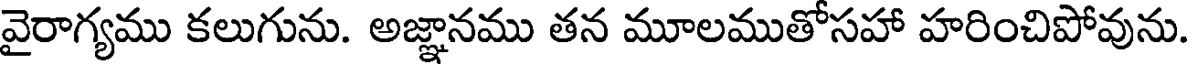
వైరాగ్యము కలుగును. అజ్ఞానము తన మూలముతోసహా హరించిపోవును.